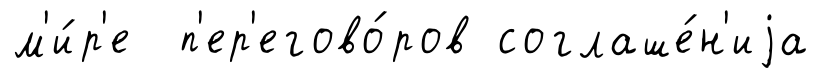
м'и́р'е п'ер'егово́ров соглаше́н'иjа